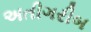
અતીગરીબ